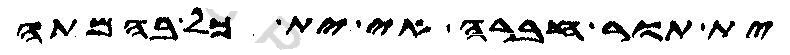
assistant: ית תור חברה אי ית כל בהמתה